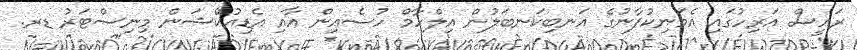
ރައީސް އަރިހުގައި އެމަނިކުފާނުގެ އަނބިކަނބަލުން އިލްހާމް ހުސެއިން އާއި އެޑިއުކޭޝަން މިނިސްޓަރު ޑރ.